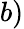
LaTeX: b)